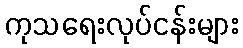
ကုသရေးလုပ်ငန်းများ